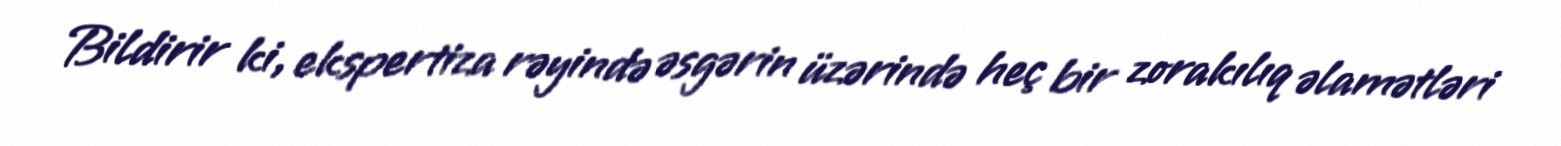
Bildirir ki, ekspertiza rəyində əsgərin üzərində heç bir zorakılıq əlamətləri